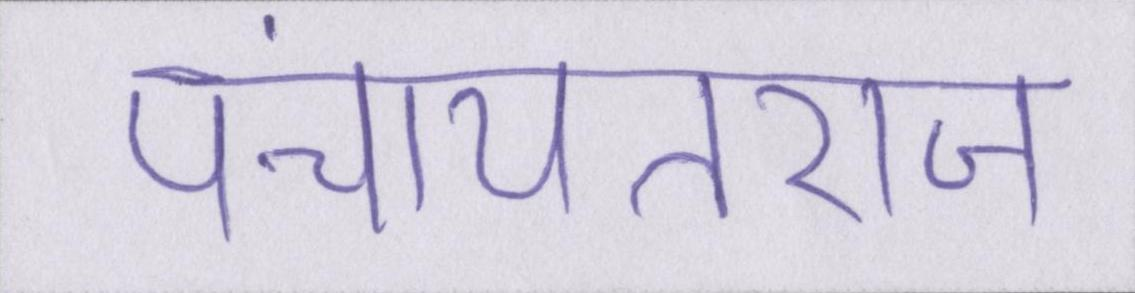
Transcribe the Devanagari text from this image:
पंचायतराज